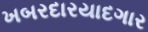
ખબરદારયાદગાર